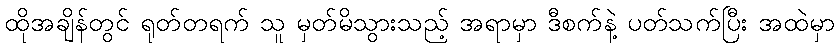
ထိုအချိန်တွင် ရုတ်တရက် သူ မှတ်မိသွားသည့် အရာမှာ ဒီစက်နဲ့ ပတ်သက်ပြီး အထဲမှာ